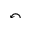
\curvearrowleft